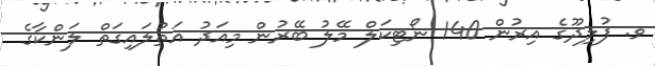
ވ. ފުލިދޫގެ އިރުން 140 ނޯޓިކަލް މޭލު ބޭރުން މިއަދު އަތުލައިގަތް ލަންކާގެ